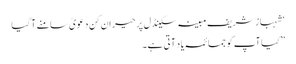
‘ شہباز شریف مبینہ سکینڈل پر حیران کن دعویٰ سامنے آگیا
”کیا آپ کو جمائمہ یاد آتی ہے۔